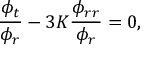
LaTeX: \frac { \phi _ { t } } { \phi _ { r } } - 3 K \frac { \phi _ { r r } } { \phi _ { r } } = 0 ,